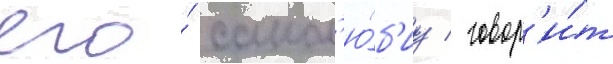
его́ самол'ю́б'иу / говор'и́т